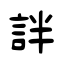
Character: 詊